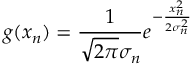
g ( x _ { n } ) = \frac { 1 } { \sqrt { 2 \pi } \sigma _ { n } } e ^ { - \frac { x _ { n } ^ { 2 } } { 2 \sigma _ { n } ^ { 2 } } }